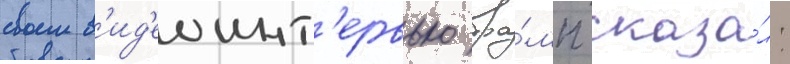
своем в'ид'еоинт'ервью тра́мп сказа́л: